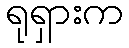
ရုရှားက